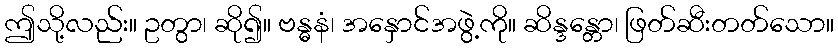
ဤသို့လည်း။ ဥတွာ၊ ဆို၍။ ဗန္ဓနံ၊ အနှောင်အဖွဲ့ကို။ ဆိန္ဒန္တော၊ ဖြတ်ဆီးတတ်သော။